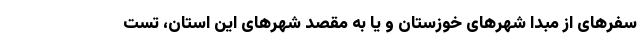
سفر‌های از مبدا شهر‌های خوزستان و یا به مقصد شهر‌های این استان، تست